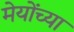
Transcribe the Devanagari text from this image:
मेयोंच्या